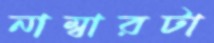
নাম্বারটা